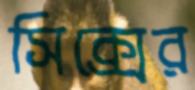
সিক্সের